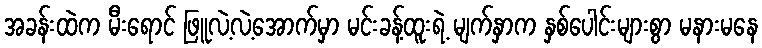
အခန်းထဲက မီးရောင် ဖြူလဲ့လဲ့အောက်မှာ မင်းခန့်ထူးရဲ့ မျက်နှာက နှစ်ပေါင်းများစွာ မနားမနေ